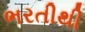
ભરતીથી